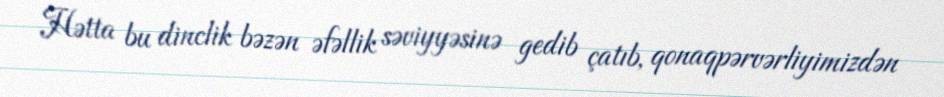
Hətta bu dinclik bəzən əfəllik səviyyəsinə gedib çatıb, qonaqpərvərliyimizdən